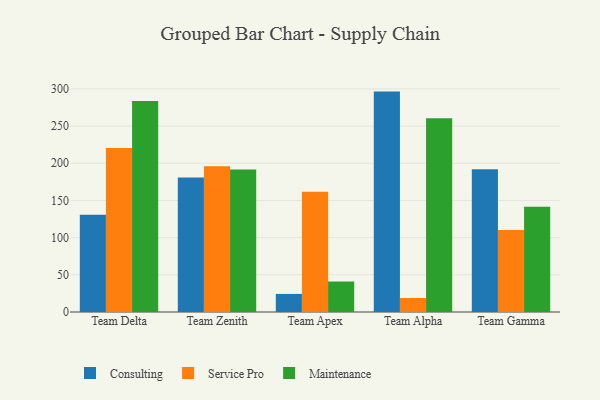
{"axis": {"x": "Team", "y": "Conversion Rate (%)"}, "legend": ["Consulting", "Maintenance", "Service Pro"], "data": [{"x": "Team Delta", "y": 130.9, "type": "Consulting"}, {"x": "Team Delta", "y": 220.4, "type": "Service Pro"}, {"x": "Team Delta", "y": 283.8, "type": "Maintenance"}, {"x": "Team Zenith", "y": 180.9, "type": "Consulting"}, {"x": "Team Zenith", "y": 195.9, "type": "Service Pro"}, {"x": "Team Zenith", "y": 191.7, "type": "Maintenance"}, {"x": "Team Apex", "y": 24.3, "type": "Consulting"}, {"x": "Team Apex", "y": 161.7, "type": "Service Pro"}, {"x": "Team Apex", "y": 41.0, "type": "Maintenance"}, {"x": "Team Alpha", "y": 296.4, "type": "Consulting"}, {"x": "Team Alpha", "y": 18.8, "type": "Service Pro"}, {"x": "Team Alpha", "y": 260.6, "type": "Maintenance"}, {"x": "Team Gamma", "y": 192.0, "type": "Consulting"}, {"x": "Team Gamma", "y": 110.2, "type": "Service Pro"}, {"x": "Team Gamma", "y": 141.4, "type": "Maintenance"}]}